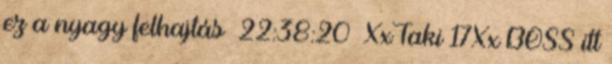
ez a nyagy felhajtás 22:38:20 XxTaki 17Xx BOSS itt